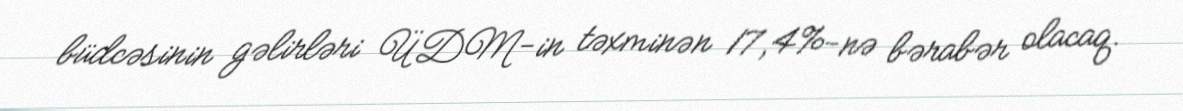
büdcəsinin gəlirləri ÜDM-in təxminən 17,4%-nə bərabər olacaq.